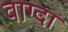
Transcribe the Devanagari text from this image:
वाग्दा